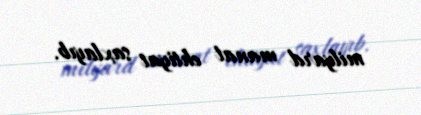
milyard manat ehtiyat saxlayıb.